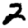
Digit: 2